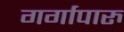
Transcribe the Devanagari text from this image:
गर्गापारु